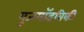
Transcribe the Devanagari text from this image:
यूजमॉडविकी